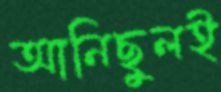
আনিছুলই